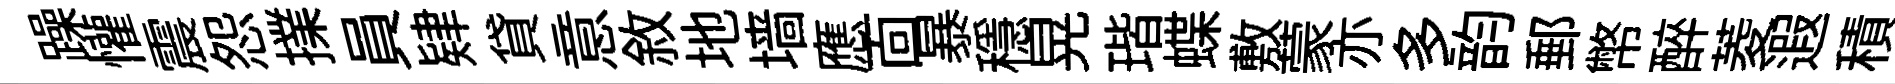
躁懽震怨擈員肄貸意敘地墙應靣暴穩晃瑎蝶敷蒙亦多韵郵幣醉菱遐積